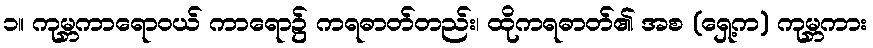
၁။ ကုမ္ဘကာရောဝယ် ကာရော၌ ကရဓာတ်တည်း၊ ထိုကရဓာတ်၏ အစ (ရှေ့က) ကုမ္ဘကား